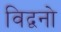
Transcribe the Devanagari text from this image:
विद्वनो